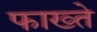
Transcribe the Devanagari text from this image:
फाख्ते